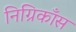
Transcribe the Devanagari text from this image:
निग्रिकाँस